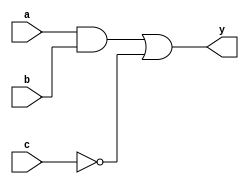
module combinational_logic (
    input wire a,        // Input signal a
    input wire b,        // Input signal b
    input wire c,        // Input signal c
    output reg y         // Output signal y
);

// Behavioral modeling block
always @ (a or b or c) begin
    // Assigning values to output based on logical operations
    y = (a & b) | (~c); // Example: y is true if a AND b is true OR NOT c is true
end

endmodule